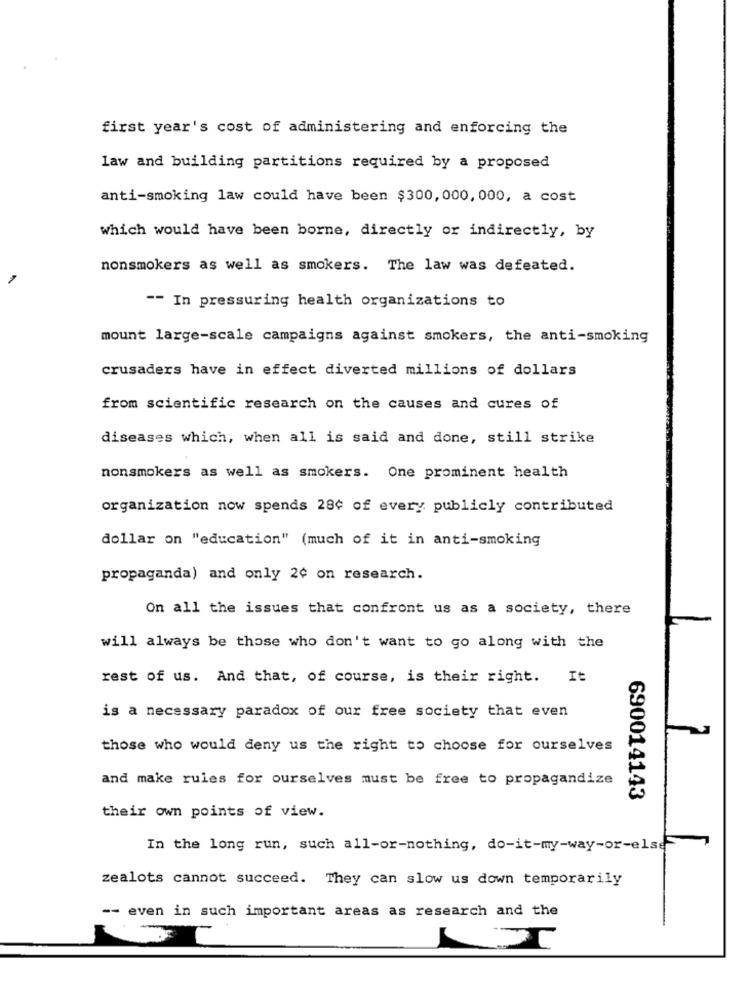
first year's cost of administering and enforcing the
law and building partitions required by a proposed
anti-smoking law could have been $300, 000, 000, a cost
which would have been borne, directly or indirectly, by
nonsmokers as well as smokers. The law was defeated.
-- In pressuring health organizations to
mount large-scale campaigns against smokers, the anti-smoking
crusaders have in effect diverted millions of dollars
from scientific research on the causes and cures of
diseases which, when all is said and done, still strike
nonsmokers as well as smokers. One prominent health
organization now spends 28¢ of every publicly contributed
dollar on "education" (much of it in anti-smoking
propaganda) and only 2¢ on research.
On all the issues that confront us as a society, there
will always be those who don't want to go along with the
rest of us. And that, of course, is their right. It
is a necessary paradox of our free society that even
those who would deny us the right to choose for ourselves
and make rules for ourselves must be free to propagandize
690014143
their own points of view.
In the long run, such all-or-nothing, do-it-my-way-or-else
zealots cannot succeed. They can slow us down temporarily
-- even in such important areas as research and the
LI